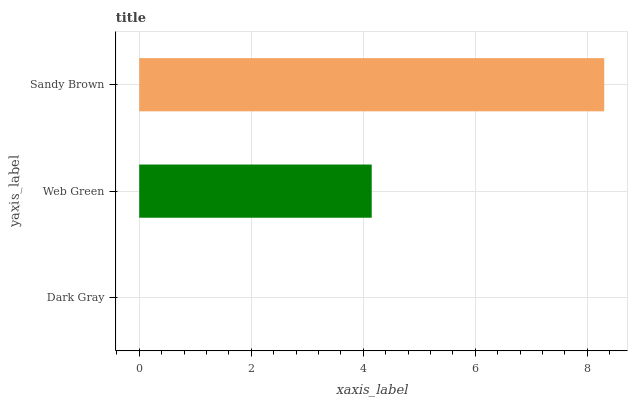
| yaxis_label | bars |
 | --- | --- |
 | Dark Gray | 0 |
 | Web Green | 4.15 |
 | Sandy Brown | 8.3 |